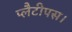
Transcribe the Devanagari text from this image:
प्लैटीपस।